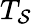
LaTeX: T_{\mathcal{S}}